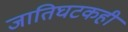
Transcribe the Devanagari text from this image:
जातिघटकही